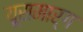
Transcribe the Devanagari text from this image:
यूसमार्ग